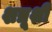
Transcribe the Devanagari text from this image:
शत्रूशीं